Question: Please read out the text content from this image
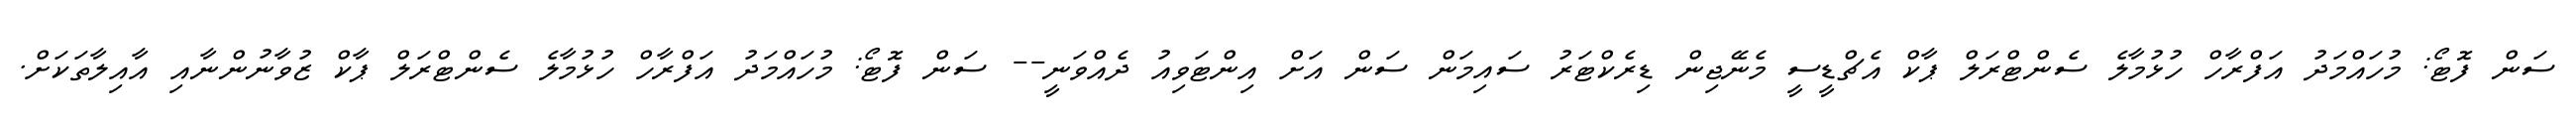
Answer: ސަން ފޮޓޯ: މުހައްމަދު އަފްރާހް ހުޅުމާލެ ސެންޓްރަލް ޕާކް އެޗްޑީސީ މެނޭޖިން ޑިރެކްޓަރު ސައިމަން ސަން އަށް އިންޓަވިއު ދެއްވަނީ-- ސަން ފޮޓޯ: މުހައްމަދު އަފްރާހް ހުޅުމާލެ ސެންޓްރަލް ޕާކް ޒުވާނުންނާއި އާއިލާތަކަށް.